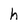
Character: h